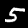
Label: 5